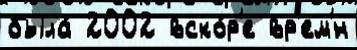
была́ 2002 вско́р'е вр'ем'́н